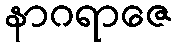
နာဂရာဇေ